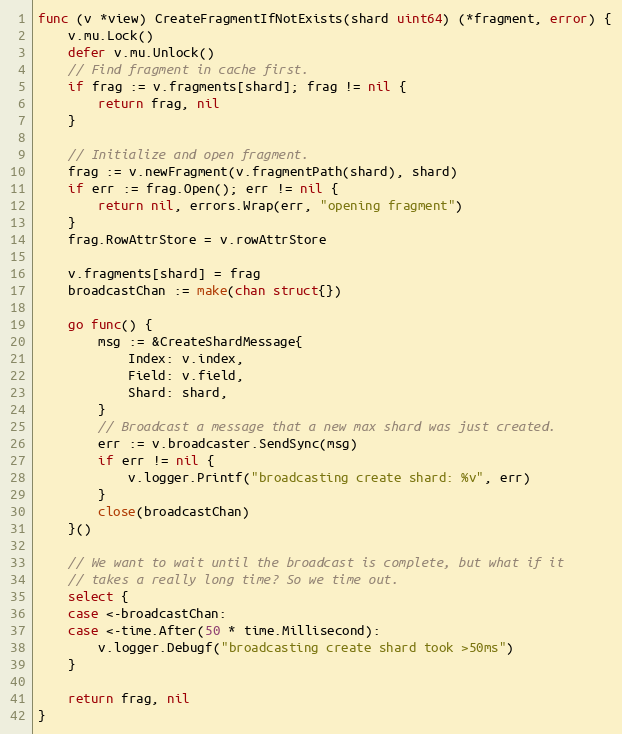
Language: Go
func (v *view) CreateFragmentIfNotExists(shard uint64) (*fragment, error) {
	v.mu.Lock()
	defer v.mu.Unlock()
	// Find fragment in cache first.
	if frag := v.fragments[shard]; frag != nil {
		return frag, nil
	}

	// Initialize and open fragment.
	frag := v.newFragment(v.fragmentPath(shard), shard)
	if err := frag.Open(); err != nil {
		return nil, errors.Wrap(err, "opening fragment")
	}
	frag.RowAttrStore = v.rowAttrStore

	v.fragments[shard] = frag
	broadcastChan := make(chan struct{})

	go func() {
		msg := &CreateShardMessage{
			Index: v.index,
			Field: v.field,
			Shard: shard,
		}
		// Broadcast a message that a new max shard was just created.
		err := v.broadcaster.SendSync(msg)
		if err != nil {
			v.logger.Printf("broadcasting create shard: %v", err)
		}
		close(broadcastChan)
	}()

	// We want to wait until the broadcast is complete, but what if it
	// takes a really long time? So we time out.
	select {
	case <-broadcastChan:
	case <-time.After(50 * time.Millisecond):
		v.logger.Debugf("broadcasting create shard took >50ms")
	}

	return frag, nil
}